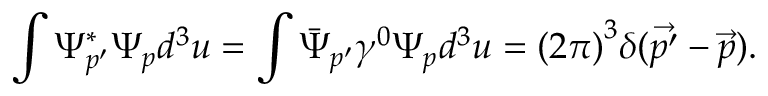
\int \Psi _ { p ^ { \prime } } ^ { * } \Psi _ { p } d ^ { 3 } u = \int { \bar { \Psi } } _ { p ^ { \prime } } \gamma ^ { 0 } \Psi _ { p } d ^ { 3 } u = { ( 2 \pi ) } ^ { 3 } \delta ( \vec { p ^ { \prime } } - \vec { p } ) .